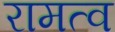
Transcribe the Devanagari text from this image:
रामत्व